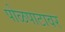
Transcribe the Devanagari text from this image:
पोळपाटावर